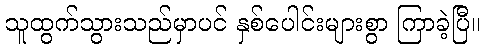
သူထွက်သွားသည်မှာပင် နှစ်ပေါင်းများစွာ ကြာခဲ့ပြီ။